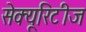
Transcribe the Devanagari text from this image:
सेक्यूरिटीज